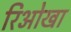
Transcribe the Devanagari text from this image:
रिओखा